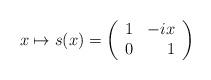
LaTeX: \begin{align*}x\mapsto s(x)=\left( \begin{array}{lr} 1 & -ix \\ 0 & 1\end{array}\right)\end{align*}